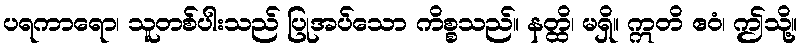
ပရကာရော၊ သူတစ်ပါးသည် ပြုအပ်သော ကိစ္စသည်။ နတ္ထိ၊ မရှိ။ ဣတိ ဧဝံ၊ ဤသို့။